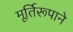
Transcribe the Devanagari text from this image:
मूर्तिरूपाने